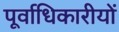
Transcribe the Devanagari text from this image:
पूर्वाधिकारीयों